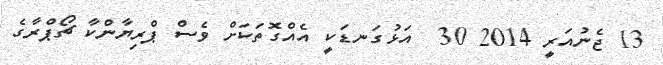
13 ޖެނުއަރީ 2014 30  އަޅުގަނޑަކީ އެއްގޮތަކަށް ވެސް ޕްރިޔާންކާ ޗޯޕްރާގެ